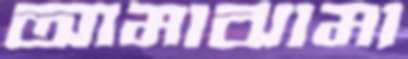
আমাঝামা